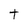
Character: t